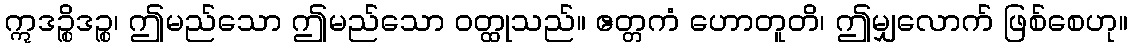
ဣဒဉ္စိဒဉ္စ၊ ဤမည်သော ဤမည်သော ဝတ္ထုသည်။ ဧတ္တကံ ဟောတူတိ၊ ဤမျှလောက် ဖြစ်စေဟု။